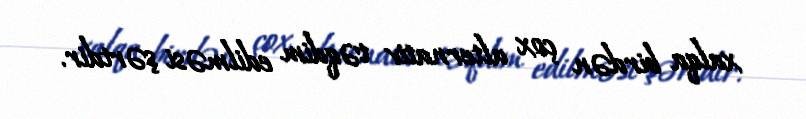
xalqa birdən çox alternativ təqdim edilməsi şərtdir.